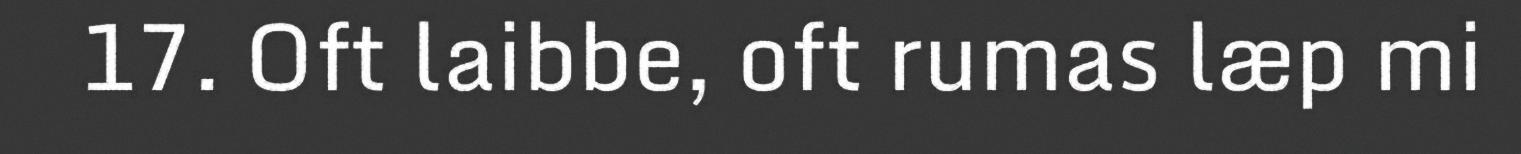
17. Oft laibbe, oft rumas læp mi